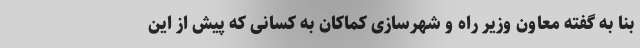
بنا به گفته معاون وزیر راه و شهرسازی کماکان به کسانی که پیش از این